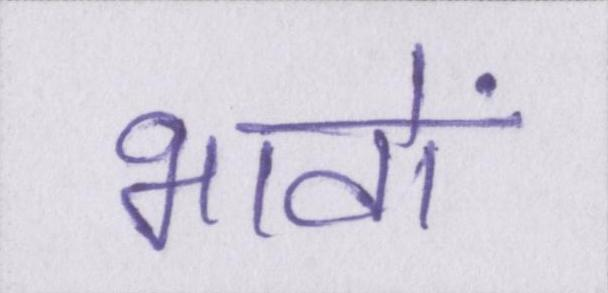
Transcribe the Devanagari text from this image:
भावों